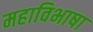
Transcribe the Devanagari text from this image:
महाविभाषा